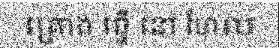
គ្រោង ធ្វើ នៅ ហែល